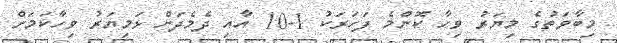
މިބާވަތުގެ މިޔަރު ވިހާ ކޮންމެ ފަހަރަކު 1-10 އާއި ދެމެދަށް ޅަމިޔަރު ވިހާކަމަށް